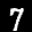
Label: 7